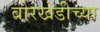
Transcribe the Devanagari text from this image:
बोरखेडीच्या